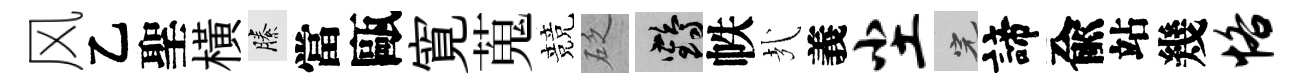
风乙聖横縢當甌寛蒐競砭鶴帙㢤義尘完諦兪站幾恪